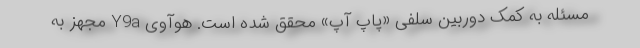
مسئله به کمک دوربین سلفی «پاپ آپ» محقق شده است. هوآوی Y9a مجهز به